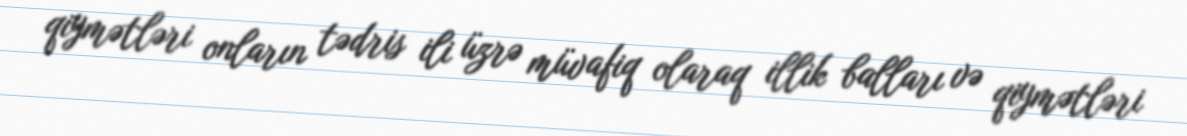
qiymətləri onların tədris ili üzrə müvafiq olaraq illik balları və qiymətləri